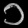
Digit: ၁